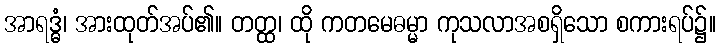
အာရဒ္ဓံ၊ အားထုတ်အပ်၏။ တတ္ထ၊ ထို ကတမေဓမ္မာ ကုသလာအစရှိသော စကားရပ်၌။